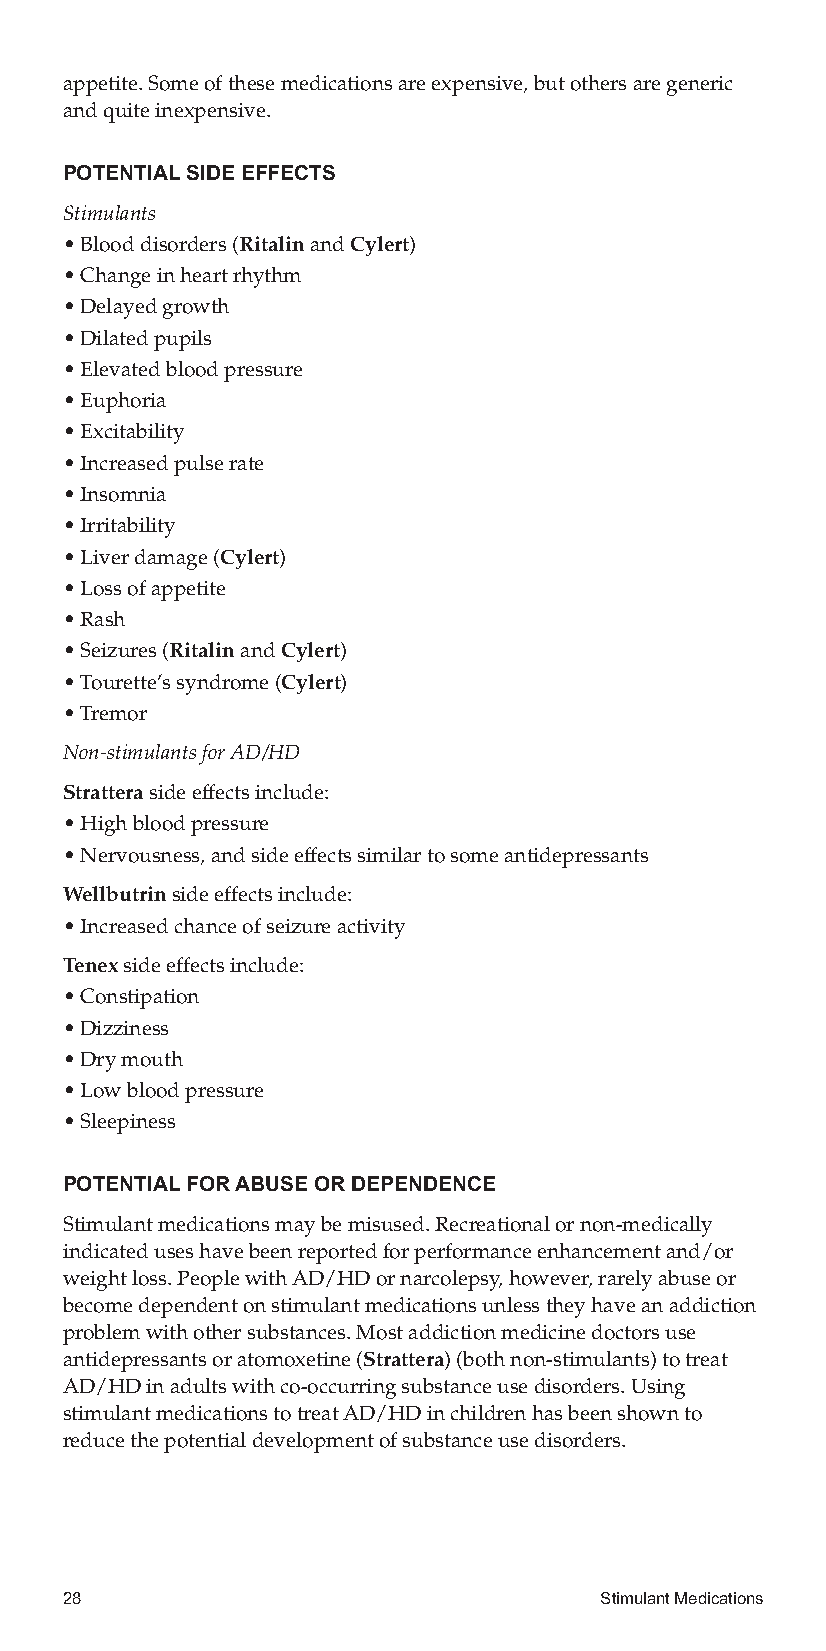
appetite.Someofthesemedicationsareexpensive,butothersaregeneric
 andquiteinexpensive.
 POTENTIALSIDEEFFECTS
 Stimulants
 •Blooddisorders(RitalinandCylert)
 •Changeinheartrhythm
 •Delayedgrowth
 •Dilatedpupils
 •Elevatedbloodpressure
 •Euphoria
 •Excitability
 •Increasedpulserate
 •Insomnia
 •Irritability
 •Liverdamage(Cylert)
 •Lossofappetite
 •Rash
 •Seizures(RitalinandCylert)
 •Tourette’ssyndrome(Cylert)
 •Tremor
 Non-stimulantsforAD/HD
 Stratterasideeffectsinclude:
 •Highbloodpressure
 •Nervousness,andsideeffectssimilartosomeantidepressants
 Wellbutrinsideeffectsinclude:
 •Increasedchanceofseizureactivity
 Tenexsideeffectsinclude:
 •Constipation
 •Dizziness
 •Drymouth
 •Lowbloodpressure
 •Sleepiness
 POTENTIALFORABUSEORDEPENDENCE
 Stimulantmedicationsmaybemisused.Recreationalornon-medically
 indicateduseshavebeenreportedforperformanceenhancementand/or
 weightloss.PeoplewithAD/HDornarcolepsy,however,rarelyabuseor
 becomedependentonstimulantmedicationsunlesstheyhaveanaddiction
 problemwithothersubstances.Mostaddictionmedicinedoctorsuse
 antidepressantsoratomoxetine(Strattera)(bothnon-stimulants)totreat
 AD/HDinadultswithco-occurringsubstanceusedisorders.Using
 stimulantmedicationstotreatAD/HDinchildrenhasbeenshownto
 reducethepotentialdevelopmentofsubstanceusedisorders.
 28                                  StimulantMedications